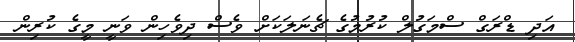
އަދި ޑްރަގް ސްމަގުލް ކުރުމުގެ ޗެނަލަކަށް ވެސް ދިވެހިން ވަނީ މީގެ ކުރިން